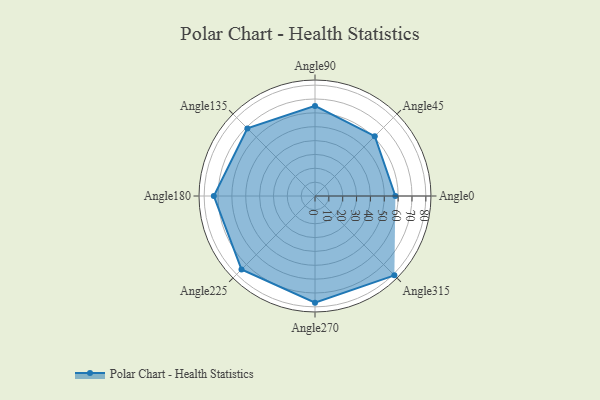
{"axis": {"x": "Angle", "y": "Radius"}, "legend": [""], "data": [{"x": "Angle0", "y": 58.0, "type": ""}, {"x": "Angle45", "y": 61.0, "type": ""}, {"x": "Angle90", "y": 65.0, "type": ""}, {"x": "Angle135", "y": 69.0, "type": ""}, {"x": "Angle180", "y": 73.0, "type": ""}, {"x": "Angle225", "y": 75.0, "type": ""}, {"x": "Angle270", "y": 77.0, "type": ""}, {"x": "Angle315", "y": 81.0, "type": ""}]}